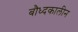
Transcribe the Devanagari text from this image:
बौध्दकालीन